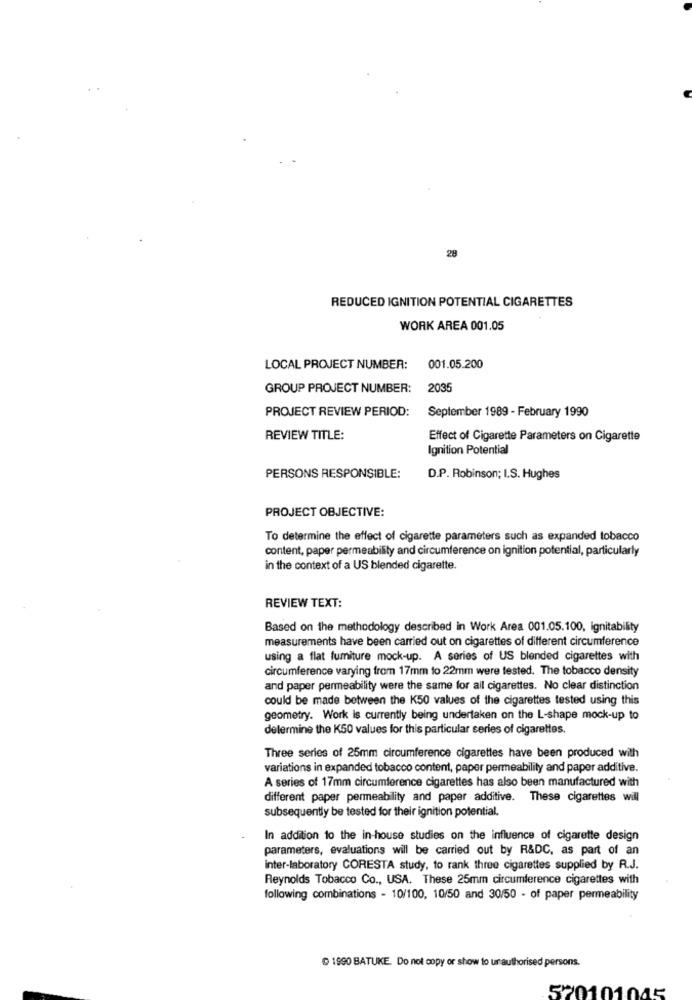
28
REDUCED IGNITION POTENTIAL CIGARETTES
WORK AREA 001.05
LOCAL PROJECT NUMBER:
001.05.200
GROUP PROJECT NUMBER:
2035
PROJECT REVIEW PERIOD:
September 1989 - February 1990
REVIEW TITLE:
Effect of Cigarette Parameters on Cigarette
Ignition Potential
PERSONS RESPONSIBLE:
D.P. Robinson; I.S. Hughes
PROJECT OBJECTIVE:
To determine the effect of cigarette parameters such as expanded tobacco
content, paper permeability and circumference on ignition potential, particularly
in the context of a US blended cigarette.
REVIEW TEXT:
Based on the methodology described in Work Area 001.05.100, ignitability
measurements have been carried out on cigarettes of different circumference
using a flat fumiture mock-up. A series of US blended cigarettes with
circumference varying from 17mm to 22mm were tested. The tobacco density
and paper permeability were the same for all cigarettes. No clear distinction
could be made between the K50 values of the cigarettes tested using this
geometry. Work is currently being undertaken on the L-shape mock-up to
determine the K50 values for this particular series of cigarettes.
Three series of 25mm circumference cigarettes have been produced with
variations in expanded tobacco content, paper permeability and paper additive.
A series of 17mm circumference cigarettes has also been manufactured with
different paper permeability and paper additive. These cigarettes will
subsequently be tested for their ignition potential.
In addition to the in-house studies on the influence of cigarette design
parameters, evaluations will be carried out by R&DC, as part of an
inter-laboratory CORESTA study, to rank three cigarettes supplied by R.J.
Reynolds Tobacco Co ., USA. These 25mm circumference cigarettes with
following combinations - 10/100, 10/50 and 30/50 - of paper permeability
1990 BATUKE. Do not copy or show to un authorised persons.
570101045